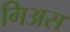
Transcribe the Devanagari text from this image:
गिअस